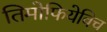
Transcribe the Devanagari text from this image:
तिमोफियेविच